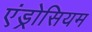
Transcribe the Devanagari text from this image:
एंड्रोसियम